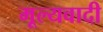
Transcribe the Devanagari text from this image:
मूल्यवादी